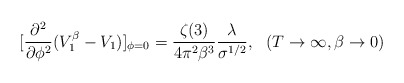
\begin{align*}[\frac{\partial^2}{\partial \phi^2} (V^{\beta}_1-V_1)]_{\phi=0}=\frac{\zeta(3)}{4\pi^2\beta^3}\frac{\lambda}{\sigma^{1/2}},~~(T\to\infty,\beta\to 0)\end{align*}